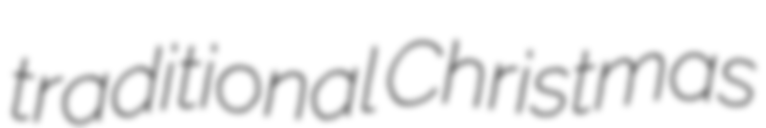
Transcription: traditional Christmas